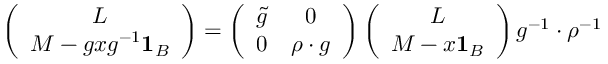
\left( \begin{array} { c } { { L } } \\ { { M - g x g ^ { - 1 } { \bf 1 } _ { B } } } \end{array} \right) = \left( \begin{array} { c c } { { \tilde { g } } } & { { 0 } } \\ { { 0 } } & { { \rho \cdot g } } \end{array} \right) \left( \begin{array} { c } { { L } } \\ { { M - x { \bf 1 } _ { B } } } \end{array} \right) g ^ { - 1 } \cdot \rho ^ { - 1 }